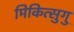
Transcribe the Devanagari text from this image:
मिकित्सुगु